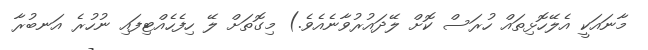
މާނައަކީ އެލޭހޮޅިތައް ހުރަސް ކޮށް ލޭދައުރުވާނެއެވެ.) މިގޮތަށް ލޭ ހިފެހެއްޓިފައި ނުހުރެ އަނބުރާ